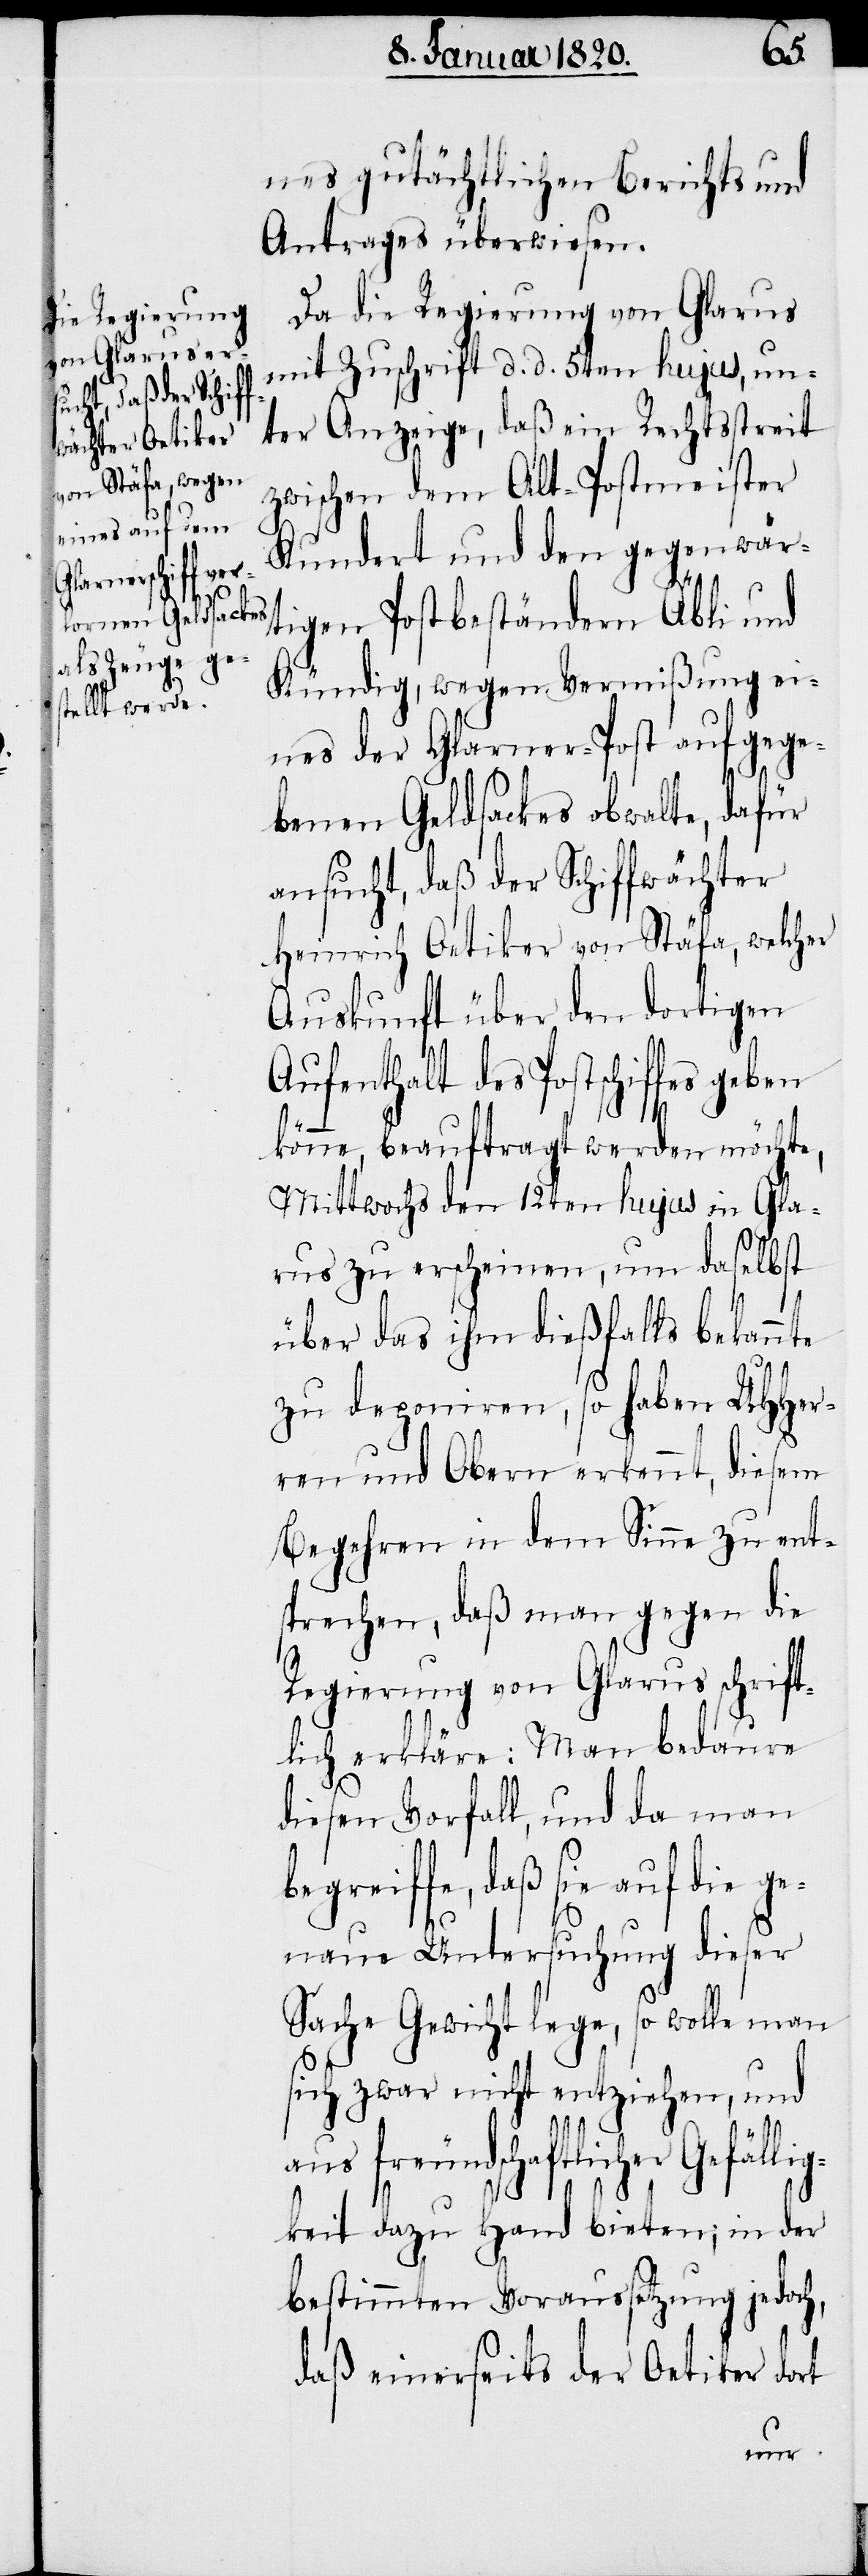
lig¬
nes gutächtlichen Berichts und
Antrages überwiesen.
Da die Regierung von Glarus
mit Zuschrift d. .d 5ten hujus, un¬
ter Anzeige, daß ein Rechtsstreit
zwischen dem Alt-Postmeister
Kundert und den gegenwär¬
tigen Postbeständern Äbli und
Kündig, wegen Vermißung ei¬
nes der Glarner-Post aufgege¬
benen Geldsackes obwalte, dafür
ansucht, daß der Schiffwächter
Heinrich Oetiker von Stäfa, welcher
Auskunft über den dortigen
Aufenthalt des Postschiffes geben
könne, beauftragt werden möchte,
Mittwochs den 12ten hujus in Gla¬
rus zu erscheinen, um daselbst
über das ihm dießfalls bekannte
zu deponiren, so haben UHHer¬
ren und Obern erkennt, diesem
Begehren in dem Sinne zu ent¬
sprechen, daß man gegen die
Regierung von Glarus schrift¬
lich erkläre: Man bedaure
diesen Vorfall, und da man
eiffe, daß sie auf die g¬
enaue Untersuchung dieser
Sache Gewicht lege, so wolle man
sich zwar nicht entziehen, und
aus freundschaftlicher Gefäl¬
keit dazu Hand bieten; in der
bestimmten Voraussetzung jedoch,
daß einerseits der Oetiker dort